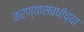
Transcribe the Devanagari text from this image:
करण्यासंबंधीच्या